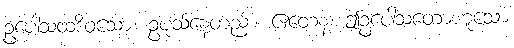
ဥပေါသထဒိဝသော၊ ဥပုသ်နေ့တည်း။ ဧတေန၊ ဤဥပေါသတောဟူသော